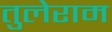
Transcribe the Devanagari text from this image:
तुलेराम